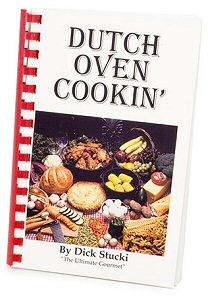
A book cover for Dutch Oven Cooking; Dick Stucki; Cookbooks, Food & Wine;